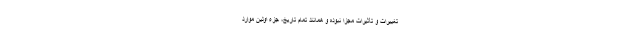
تغییرات و تأثیرات مجزا نبوده و همانند تمام تاریخ، جزء اولین موارد